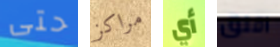
حتى مراكز أي اقلق